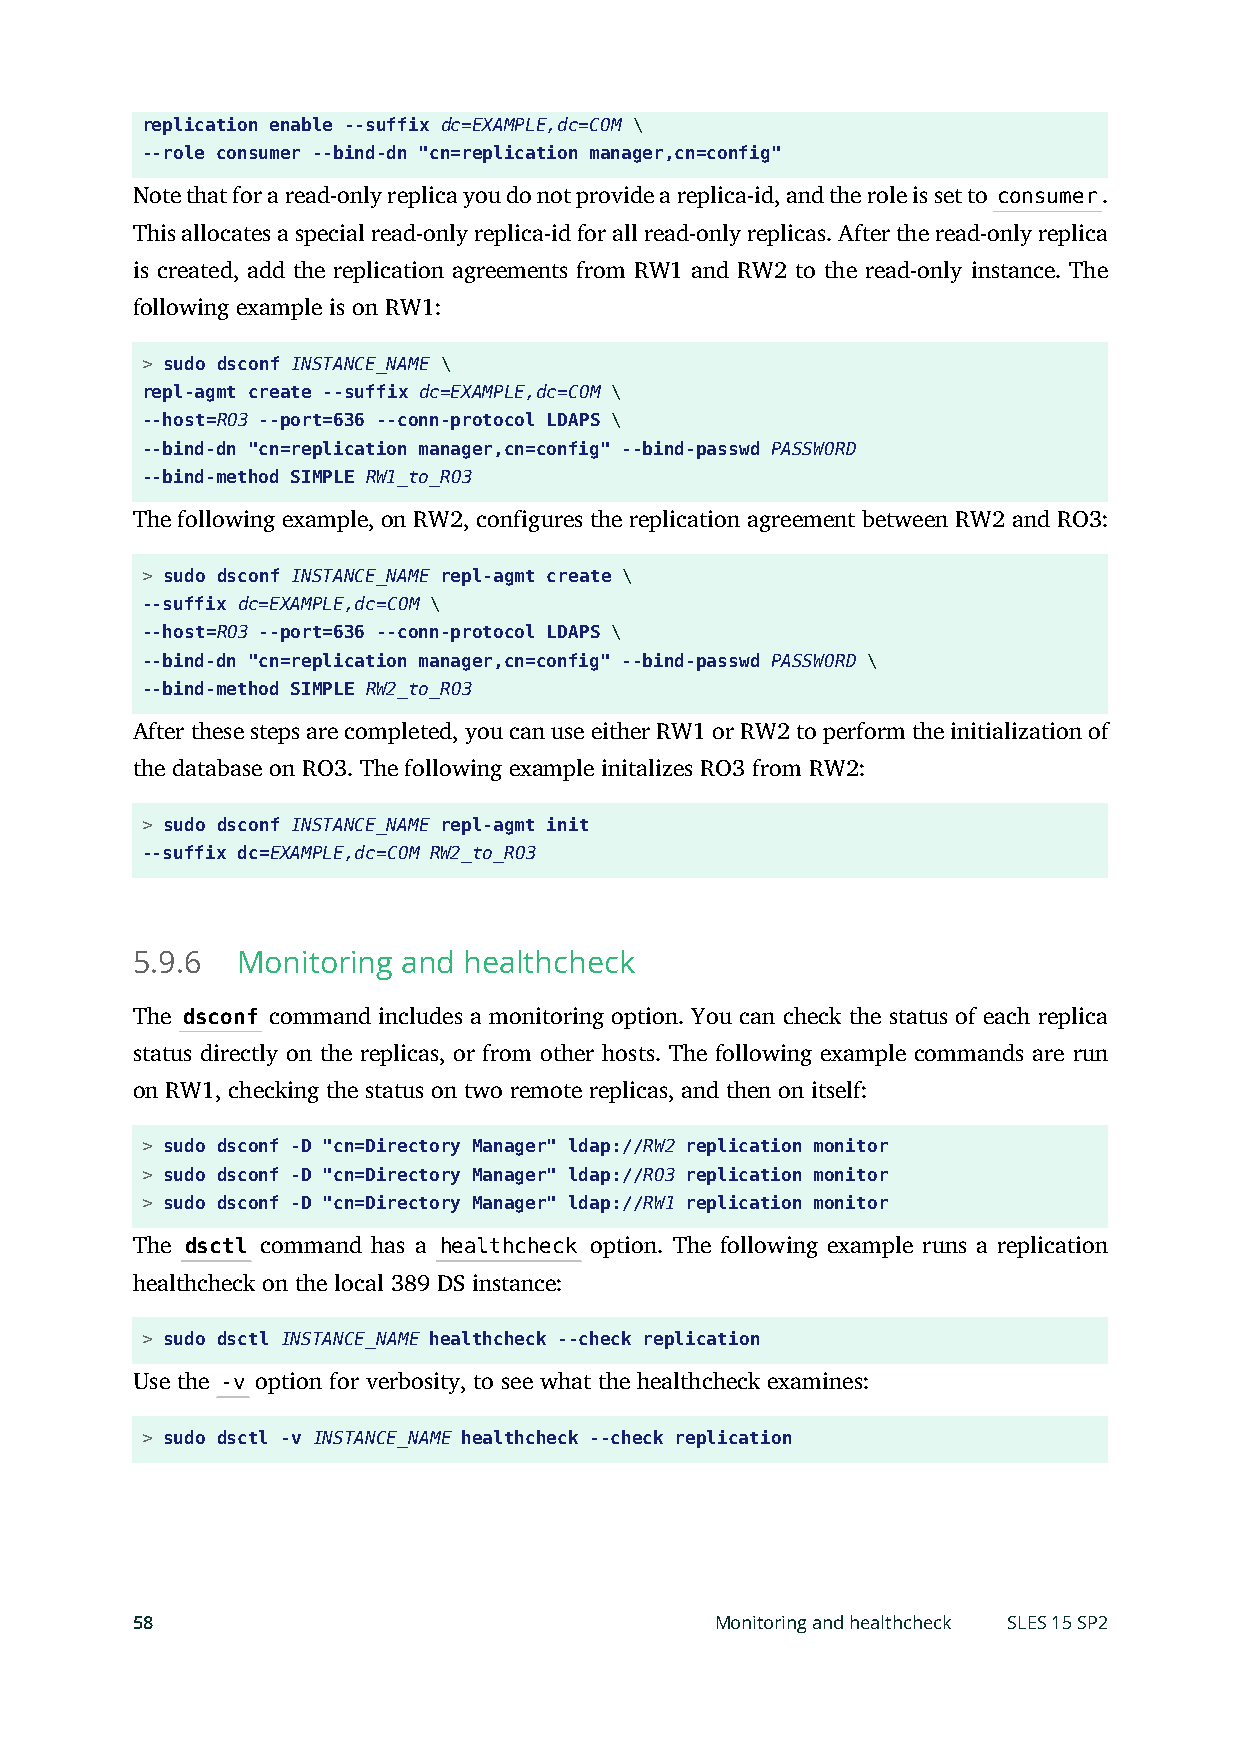
replication enable --suffix dc=EXAMPLE,dc=COM \
 --role consumer --bind-dn "cn=replication manager,cn=config"
 Note that for a read-only replica you do not provide a replica-id, and the role is set to consumer.
 This allocates a special read-only replica-id for all read-only replicas. After the read-only replica
 is created, add the replication agreements from RW1 and RW2 to the read-only instance. The
 following example is on RW1:
 > sudo dsconf INSTANCE_NAME \
 repl-agmt create --suffix dc=EXAMPLE,dc=COM \
 --host=RO3 --port=636 --conn-protocol LDAPS \
 --bind-dn "cn=replication manager,cn=config" --bind-passwd PASSWORD
 --bind-method SIMPLE RW1_to_RO3
 The following example, on RW2, configures the replication agreement between RW2 and RO3:
 > sudo dsconf INSTANCE_NAME repl-agmt create \
 --suffix dc=EXAMPLE,dc=COM \
 --host=RO3 --port=636 --conn-protocol LDAPS \
 --bind-dn "cn=replication manager,cn=config" --bind-passwd PASSWORD \
 --bind-method SIMPLE RW2_to_RO3
 After these steps are completed, you can use either RW1 or RW2 to perform the initialization of
 the database on RO3. The following example initalizes RO3 from RW2:
 > sudo dsconf INSTANCE_NAME repl-agmt init
 --suffix dc=EXAMPLE,dc=COM RW2_to_RO3
 5.9.6  Monitoring and healthcheck
 The dsconf command includes a monitoring option. You can check the status of each replica
 status directly on the replicas, or from other hosts. The following example commands are run
 on RW1, checking the status on two remote replicas, and then on itself:
 > sudo dsconf -D "cn=Directory Manager" ldap://RW2 replication monitor
 > sudo dsconf -D "cn=Directory Manager" ldap://RO3 replication monitor
 > sudo dsconf -D "cn=Directory Manager" ldap://RW1 replication monitor
 The dsctl command has a healthcheck option. The following example runs a replication
 healthcheck on the local 389 DS instance:
 > sudo dsctl INSTANCE_NAME healthcheck --check replication
 Use the -v option for verbosity, to see what the healthcheck examines:
 > sudo dsctl -v INSTANCE_NAME healthcheck --check replication
 58                                    Monitoring and healthcheck SLES 15 SP2